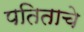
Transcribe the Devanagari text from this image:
पतिताचे